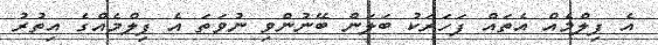
އެ ފިލްމެއް އެތައް ފަހަރަކު ބަލަން ބޭނުންވި ނުވަތަ އެ ފިލްމެއްގެ އިތުރު